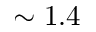
\sim 1 . 4